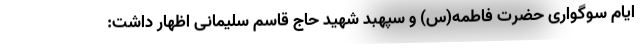
ایام سوگواری حضرت فاطمه(س) و سپهبد شهید حاج قاسم سلیمانی اظهار داشت: